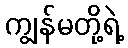
ကျွန်မတို့ရဲ့